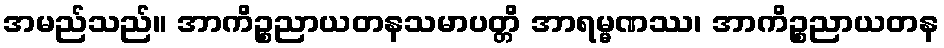
အမည်သည်။ အာကိဉ္စညာယတနသမာပတ္တိ အာရမ္မဏဿ၊ အာကိဉ္စညာယတန